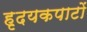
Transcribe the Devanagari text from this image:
हृदयकपाटों